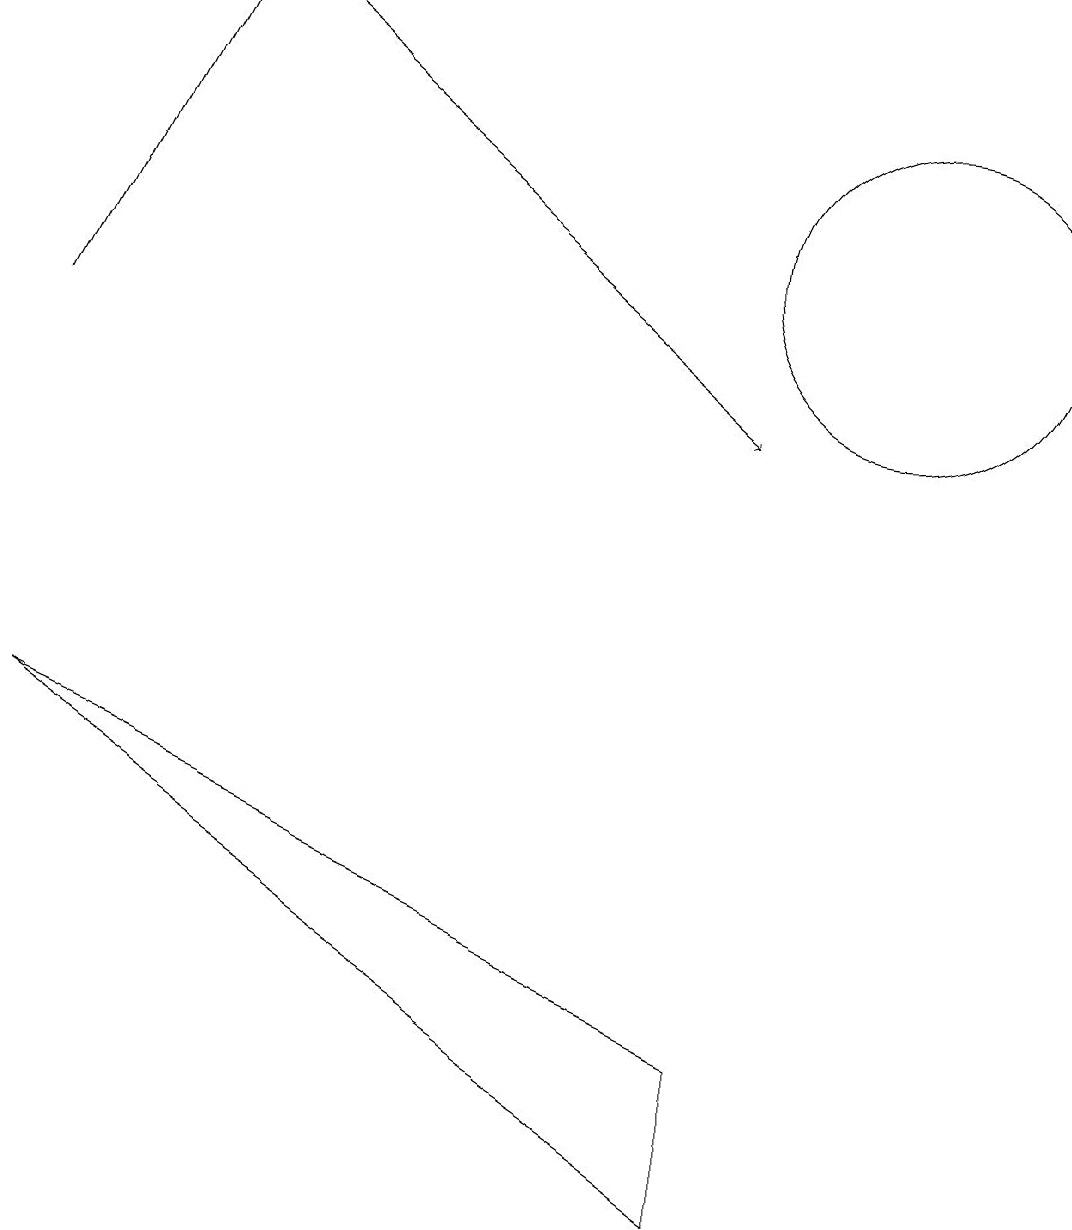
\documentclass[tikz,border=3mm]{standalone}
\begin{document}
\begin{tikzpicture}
\draw (11,12) circle (2);
\draw[->] (0,11) -- (2,15);
\draw (0,6) -- (9,0) -- (9,2) -- cycle;
\draw[->] (3,15) -- (9,10);
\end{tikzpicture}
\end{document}